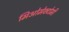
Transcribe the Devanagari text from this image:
मिओमेक्टोमी